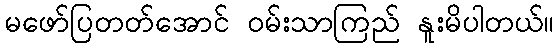
မဖော်ပြတတ်အောင် ဝမ်းသာကြည် နူးမိပါတယ်။